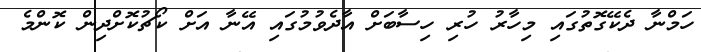
ހަމްނާ ދެކޭގޮތުގައި މިހާރު ހުރި ހިސާބަށް އާދެވުމުގައި އޭނާ އަށް ކޯޗުކޮށްދިން ކޮންމެ